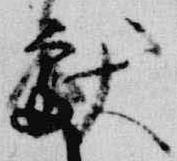
献